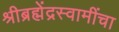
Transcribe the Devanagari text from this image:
श्रीब्रह्मेंद्रस्वामींचा